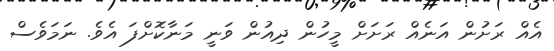
އެއް ރަަށުން އަނެއް ރަށަށް މީހުން ދިއުން ވަނީ މަނާކޮށްފަ އެވެ. ނަމަވެސް